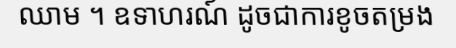
ឈាម ។ ឧទាហរណ៍ ដូចជាការខូចតម្រង